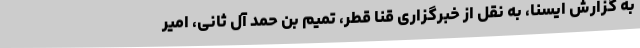
به گزارش ایسنا، به نقل از خبرگزاری قنا قطر، تمیم بن حمد آل ثانی، امیر